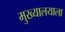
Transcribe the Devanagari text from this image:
मुख्यालयाला